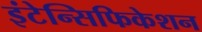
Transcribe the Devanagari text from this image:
इंटेन्सिफिकेशन